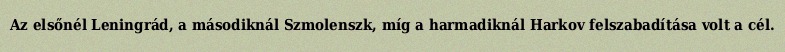
Az elsőnél Leningrád, a másodiknál Szmolenszk, míg a harmadiknál Harkov felszabadítása volt a cél.